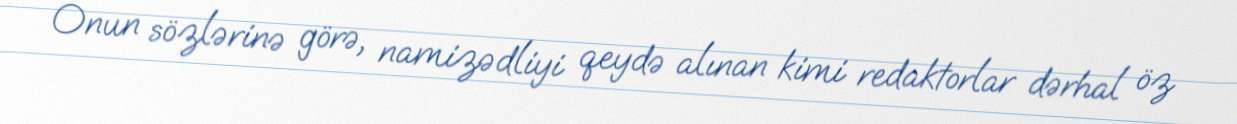
Onun sözlərinə görə, namizədliyi qeydə alınan kimi redaktorlar dərhal öz